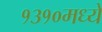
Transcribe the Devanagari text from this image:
१३१०मध्ये